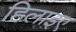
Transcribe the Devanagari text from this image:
हिलाइए